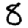
Digit: 8